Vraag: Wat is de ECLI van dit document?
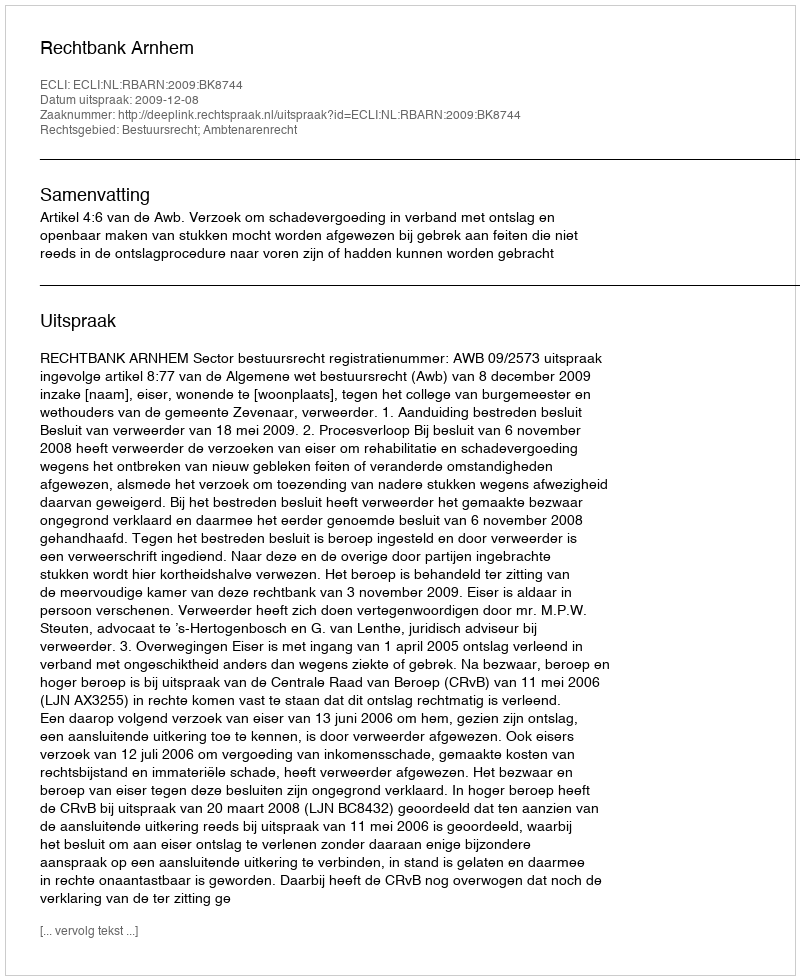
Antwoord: ECLI:NL:RBARN:2009:BK8744